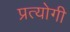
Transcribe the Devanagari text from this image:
प्रत्योगी